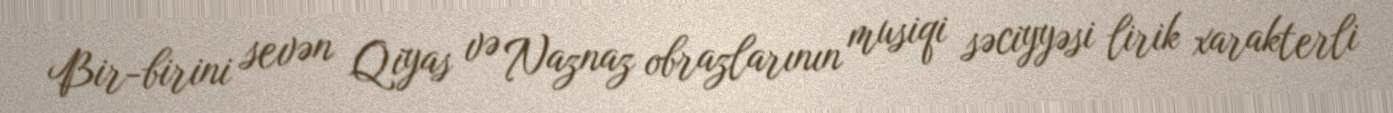
Bir-birini sevən Qiyas və Naznaz obrazlarının musiqi səciyyəsi lirik xarakterli